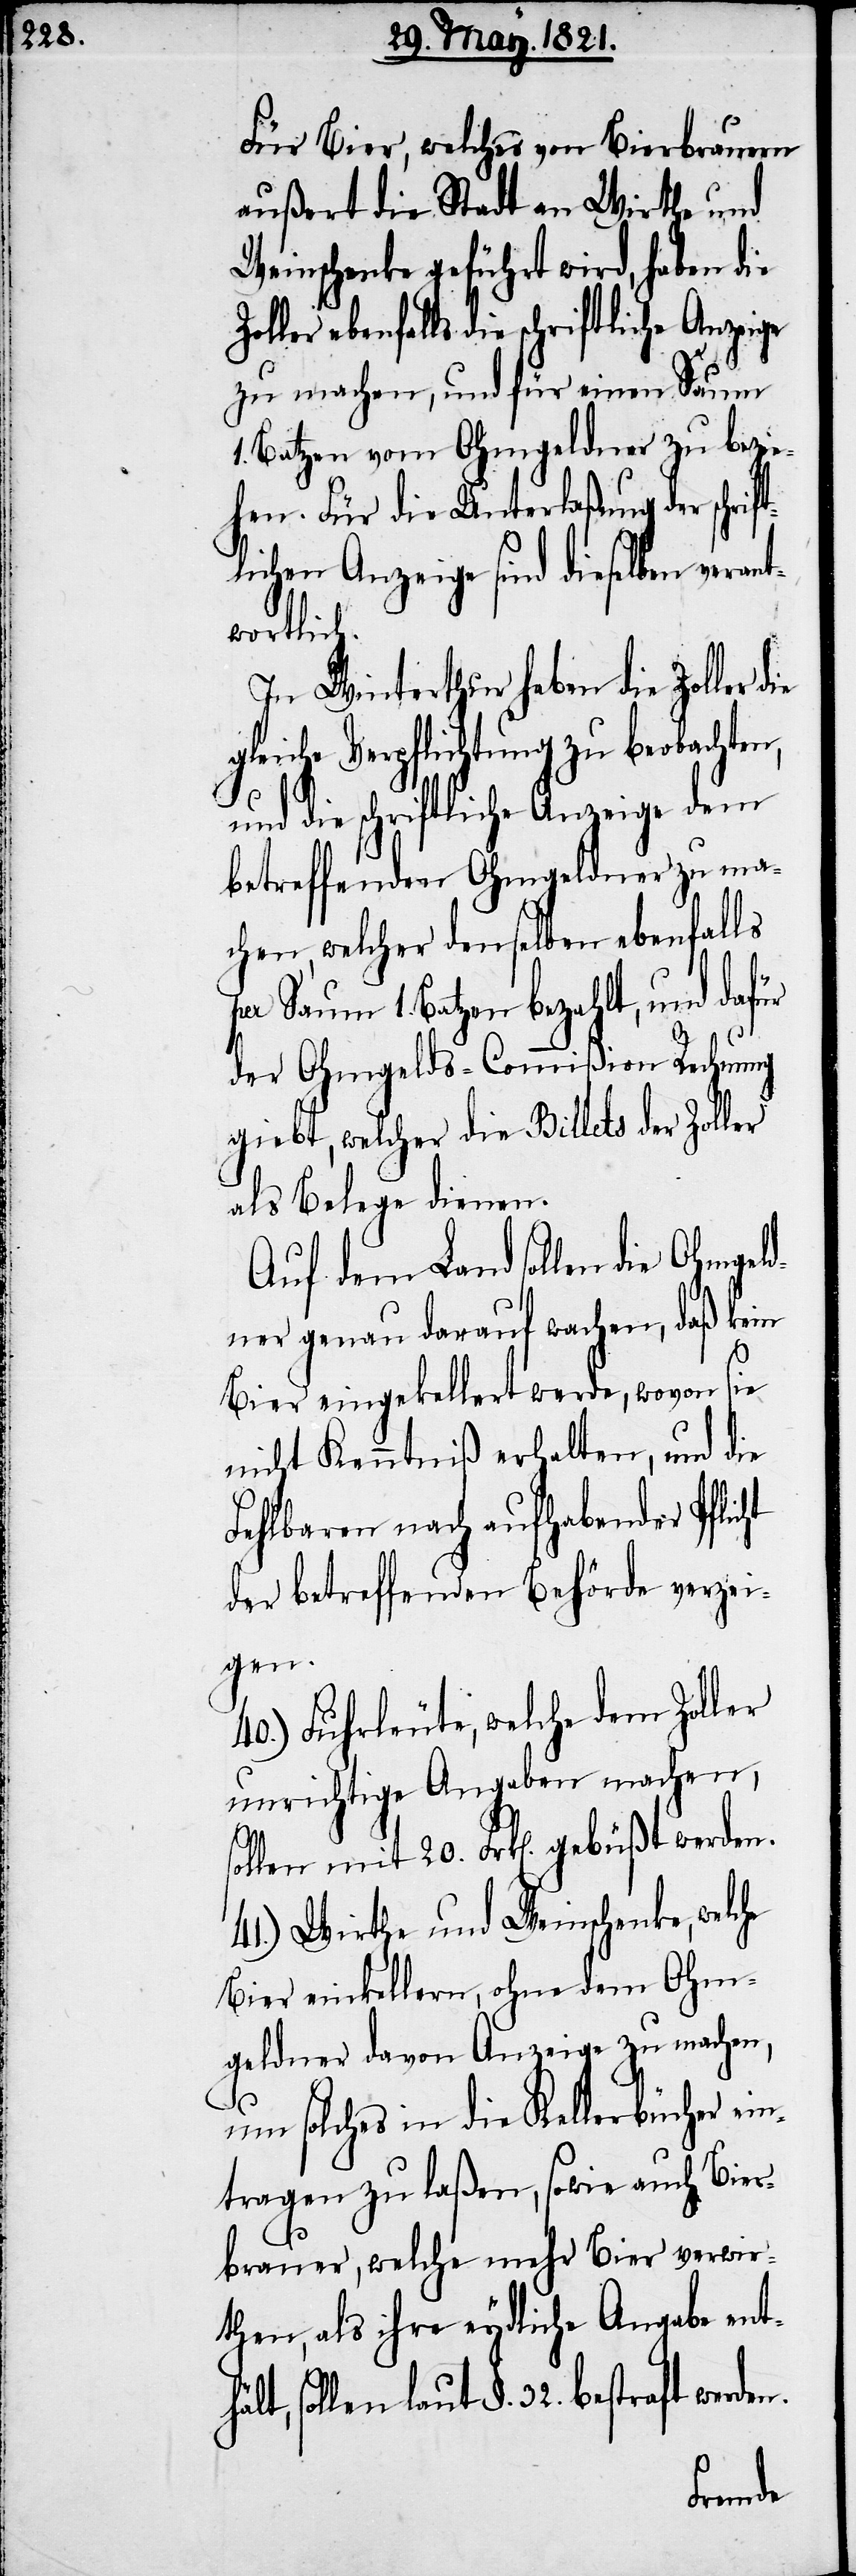
Für Bier, welches von Bierbrauern
außert die Stadt an Wirthe und
Weinschenke geführt wird, haben die
ebenfalls die schriftliche Anz¬
zu machen, und für einen Saum
1. Batzen vom Ohmgeldner zu bezie¬
hen. Für die Unterlaßung der sch¬
lichen Anzeige sind dieselben veran¬
twortlich.
In Winterthur haben die Zoller
gleiche Verpflichtung zu beobachten,
und die schriftliche Anzeige dem
betreffenden Ohmgeldner zu ma¬
chen, welcher denselben ebenfalls
1. Batzen bezahlt, und dafür
der Ohmgelds-Commißion Rechnung
giebt, welcher die Billets der Zoller
als Belege dienen.
Auf dem Land sollen die Ohmgeld¬
ner genau darauf wachen, daß kein
Bier eingekellert werde, wovon sie
nicht Kenntniß erhalten, und die
Fehlbaren nach aufhabender Pflicht
der betreffenden Behörde verzei¬
gen.
40.) Fuhrleute, welche dem Zoller
unrichtige Angaben machen,
sollen mit 20. Frk[en]. gebüßt werden.
41.) Wirthe und Weinschenke, welche
Bier einkellern, ohne dem Ohm¬
geldner davon Anzeige zu machen,
um solches in die Kellerbücher ein¬
tragen zu laßen, sowie auch Bier¬
brauer, welche mehr Bier verwir¬
then, als ihre rydliche Angabe ent¬
sollen laut §. 32. bestraft we¬
rden.